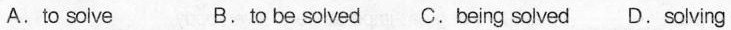
A. to solve B. to be solved C. Being solved D. Solving